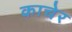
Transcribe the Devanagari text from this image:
काचेर